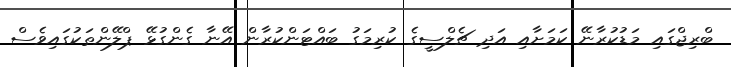
ބްރިޖްގައި މަޑުކުރާނޭ ކަމަށާއި އަދި ޗެލްސީގެ ކުރިމަގު ބައްޓަންކުރާން އޭނާ ގެންގުޅޭ ޕްލޭންތަކުގައިވެސް